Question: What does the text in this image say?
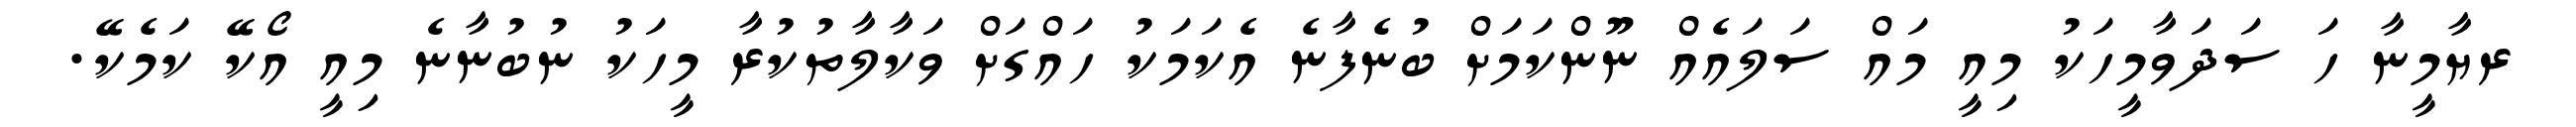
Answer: ރޔާމީނާ ހަ ސަދަވާމީހަކު މިއީ މައް ސަލައެއް ނޫންކަމަށް ބުނެފާނެ އެކަމަކު ހައްގަށް ވަކާލާތުކުރާ މީހަކު ނުބުނާނެ މިއީ އޯކޭ ކަމެކޭ.